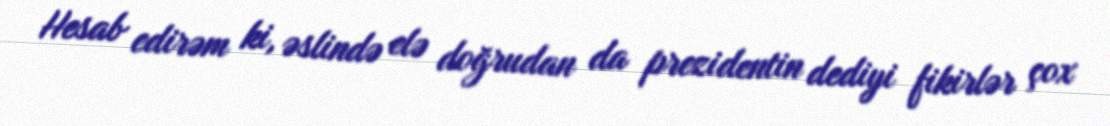
Hesab edirəm ki, əslində elə doğrudan da prezidentin dediyi fikirlər çox